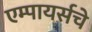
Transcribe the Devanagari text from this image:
एम्पायर्सचे